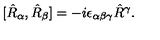
[ \hat { R } _ { \alpha } , \hat { R } _ { \beta } ] = - i \epsilon _ { \alpha \beta \gamma } \hat { R } { } ^ { \gamma } .